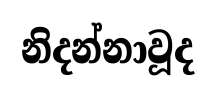
නිදන්නාවූද